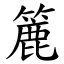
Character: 簏